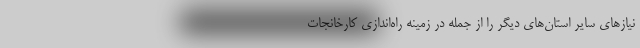
نیازهای سایر استان‌های دیگر را از جمله در زمینه راه‌اندازی کارخانجات